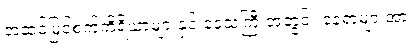
အဆင့်မြင့်စက်ကိရိယာများနှင့် ဒေသကြီးအတွင်း နေရာများအား